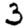
Digit: 3